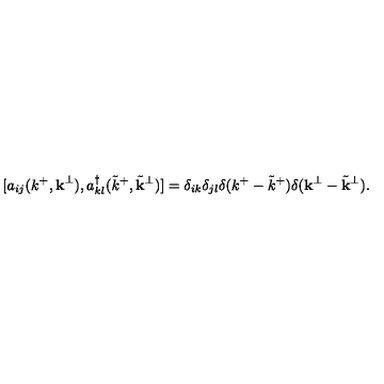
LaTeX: [ a _ { i j } ( k ^ { + } , { \bf k } ^ { \perp } ) , a _ { k l } ^ { \dagger } ( { \tilde { k } } ^ { + } , { \tilde { \bf k } } ^ { \perp } ) ] = \delta _ { i k } \delta _ { j l } \delta ( k ^ { + } - { \tilde { k } } ^ { + } ) \delta ( { \bf k } ^ { \perp } - { \tilde { \bf k } } ^ { \perp } ) .